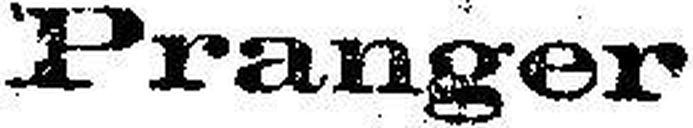
Pranger